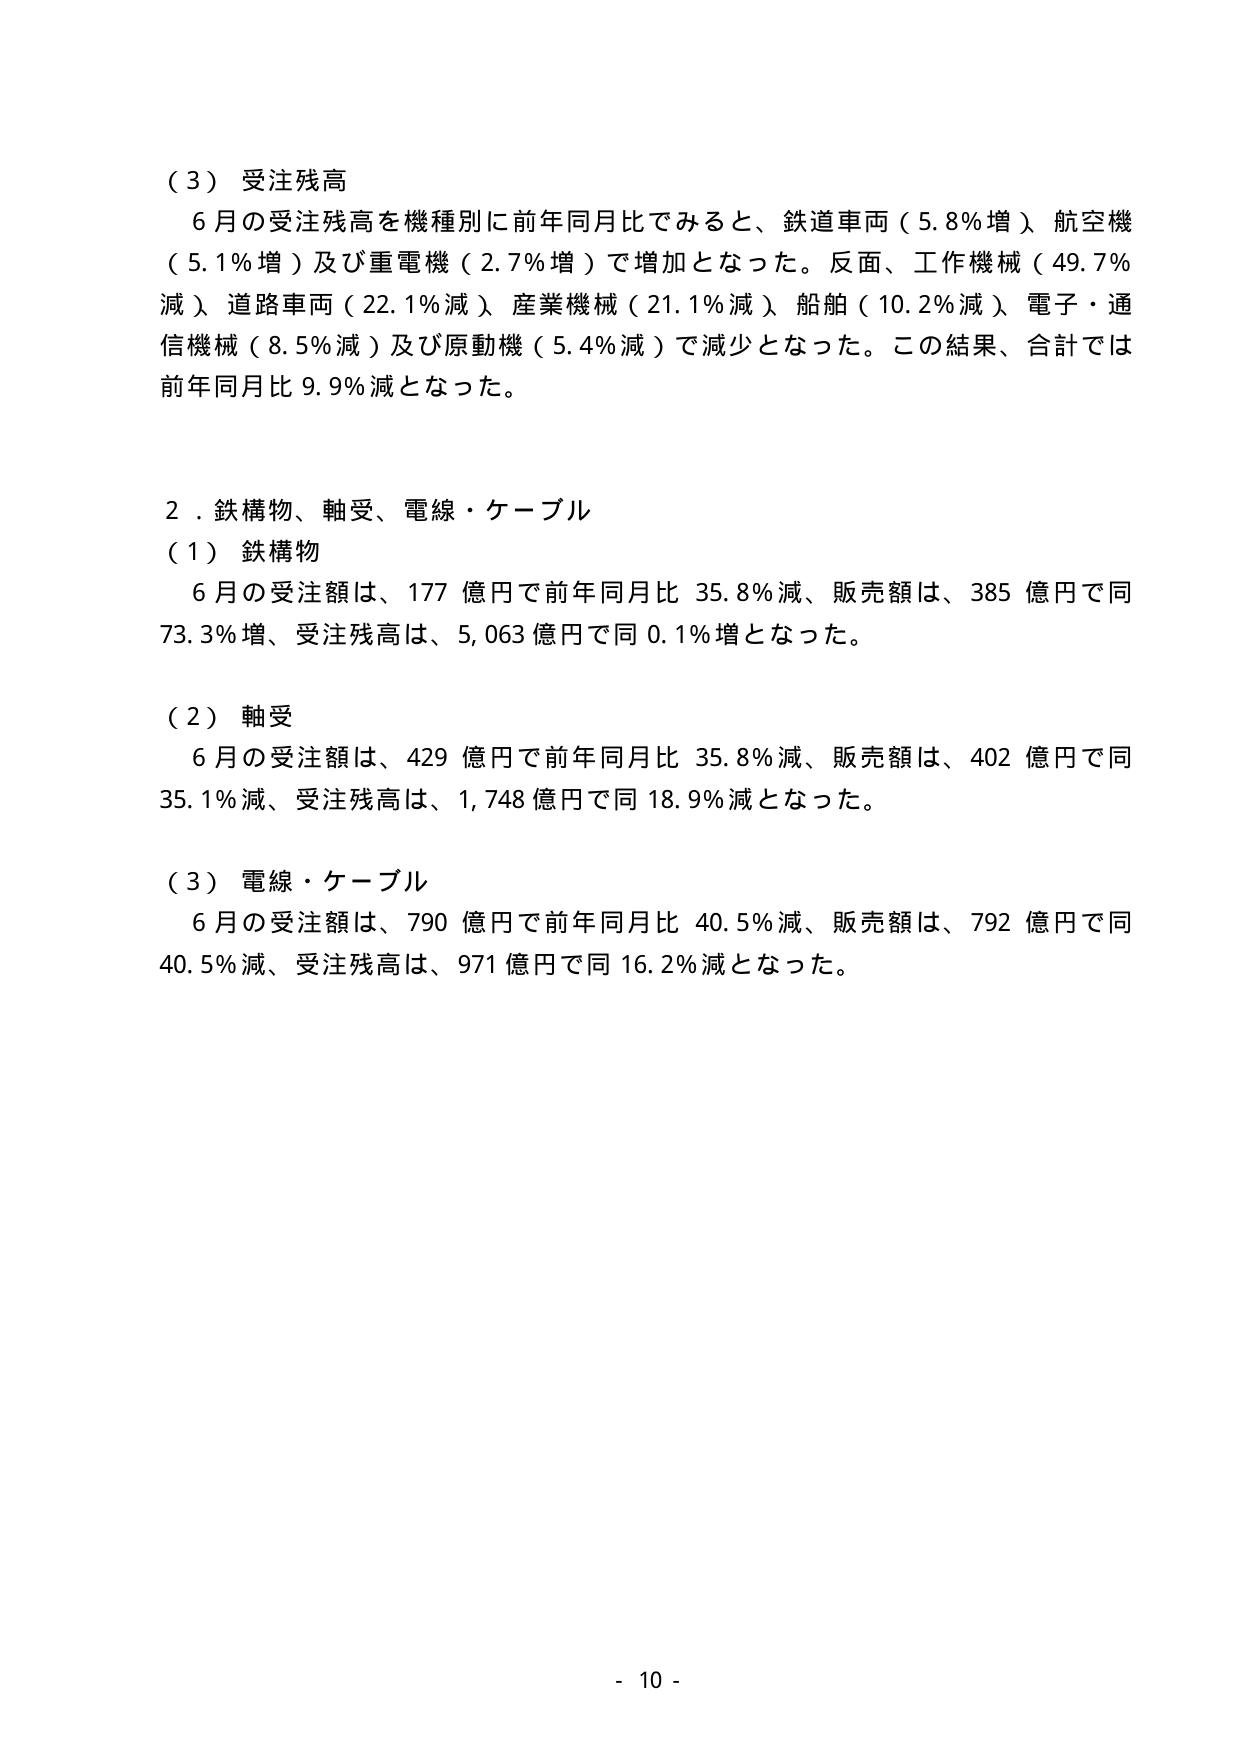
（３）受注残高
　６月の受注残高を機種別に前年同月比でみると、鉄道車両（5.8％増）、航空機（5.1％増）及び重電機（2.7％増）で増加となった。反面、工作機械（49.7％減）、道路車両（22.1％減）、産業機械（21.1％減）、船舶（10.2％減）、電子・通信機械（8.5％減）及び原動機（5.4％減）で減少となった。この結果、合計では前年同月比9.9％減となった。

２．鉄構物、軸受、電線・ケーブル
（１）鉄構物
　６月の受注額は、177億円で前年同月比35.8％減、販売額は、385億円で同73.3％増、受注残高は、5,063億円で同0.1％増となった。

（２）軸受
　６月の受注額は、429億円で前年同月比35.8％減、販売額は、402億円で同35.1％減、受注残高は、1,748億円で同18.9％減となった。

（３）電線・ケーブル
　６月の受注額は、790億円で前年同月比40.5％減、販売額は、792億円で同40.5％減、受注残高は、971億円で同16.2％減となった。

- 10 -